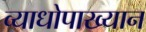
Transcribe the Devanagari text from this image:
व्याधोपाख्यान